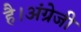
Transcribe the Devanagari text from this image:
है।अंग्रेजी